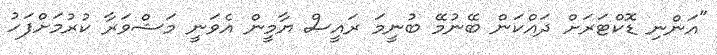
"އަންނި ޑޮކްޓަރަށް ދައްކަން ބޭނުމޭ ބުނީމަ ރައީސް ޔާމީން އެވަނީ މަޝްވަރާ ކުރުމަށްފަހު